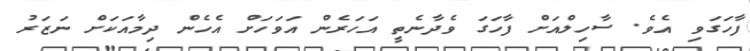
ފާހަގަވި އެވެ. ސާހިލްއަށް ފާހަގަ ވެދާނެތީ އަހަރެން އަވަހަށް އެހެން ދިމާއަކަށް ނަޒަރު